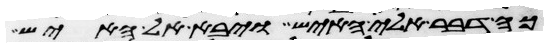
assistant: כה דבר אלי האיש ויבא אל האיש